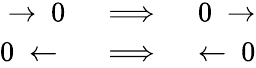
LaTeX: \begin{array}{rlr}{\rightarrow~0~}&{{}\Longrightarrow}&{~0~\rightarrow}\\ {0~\leftarrow~}&{{}\Longrightarrow}&{~\leftarrow~0}\end{array}